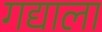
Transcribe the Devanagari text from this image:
गद्याला